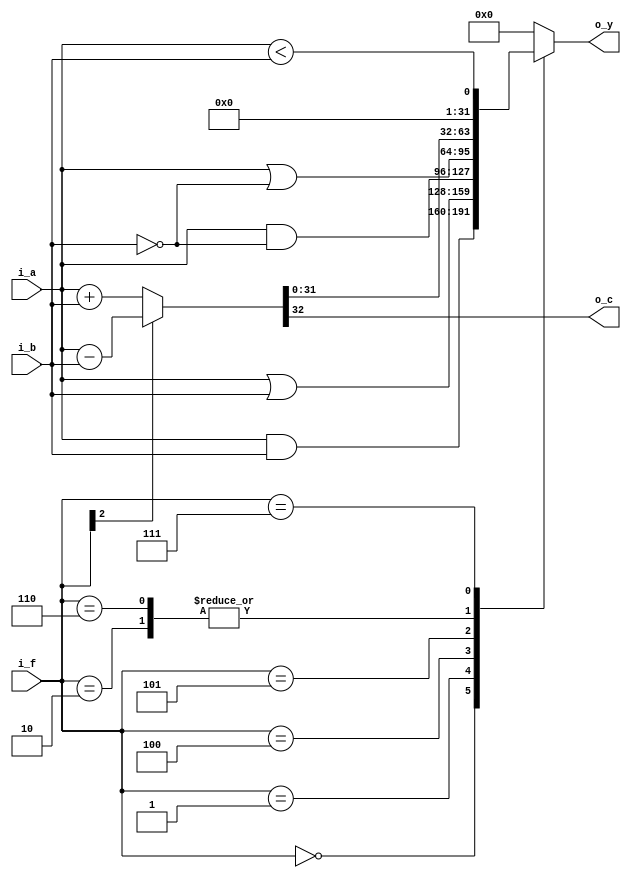
// module alu
// #(	
// 	parameter	N			= 32
// )
// (	
// 	output reg	[N-1:0]		o_y,
// 	output 					o_c,
// 	input		[N-1:0]		i_a,
// 	input		[N-1:0]		i_b,
// 	input		[2:0]		i_f
// );
// 	wire		[N-1:0]		bmux = i_f[2] ? ~i_b : i_b;
// 	wire		[N-1:0]		sum_a_bmux;
// 
// 	assign {o_c, sum_a_bmux} = i_a + bmux + i_f[2];
// 	
// 	always @(*) begin
// 		case (i_f[1:0])
// 			2'b00 : o_y = i_a & bmux;
// 			2'b01 : o_y = i_a | bmux;
// 			2'b10 : o_y = sum_a_bmux;
// 			2'b11 : o_y = {{(N-1){1'b0}}, sum_a_bmux[N-1]};
// 		endcase
// 	end
// endmodule

module alu
#(	
	parameter	N		= 32
)
(	
	output reg signed	[N-1:0]		o_y,
	output	 						o_c,
//	output							o_ovf,
	input signed		[N-1:0]		i_a,
	input signed 		[N-1:0]		i_b,
	input 				[2:0]		i_f
);

	wire signed			[N-1:0]		sum;
//	wire							ovf_add	=	(i_f == 3'b010) &&
//												((~i_a[N-1] && ~i_b[N-1] && sum[N-1]) || (i_a[N-1] && i_b[N-1] && ~sum[N-1]));
//	wire							ovf_sub =	(i_f == 3'b110) && 
//												((~i_a[N-1] && i_b[N-1] && sum[N-1]) || (i_a[N-1] && ~i_b[N-1] && ~sum[N-1]));
//
//	assign o_ovf = ovf_add || ovf_sub;	
	assign {o_c, sum} = i_f[2] ? i_a-i_b : i_a+i_b;

	always @(*) begin
		case (i_f)
			3'b000	: o_y = i_a & i_b;
			3'b001	: o_y = i_a | i_b;
			3'b010	: o_y = sum;
			3'b100	: o_y = i_a & ~i_b;
			3'b101	: o_y = i_a | ~i_b;
			3'b110	: o_y = sum;
			3'b111	: o_y = i_a < i_b;
			default : o_y = 'd0;
		endcase
	end
endmodule